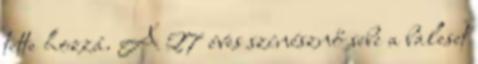
tette hozzá. A 27 éves színésznő sebe a baleset